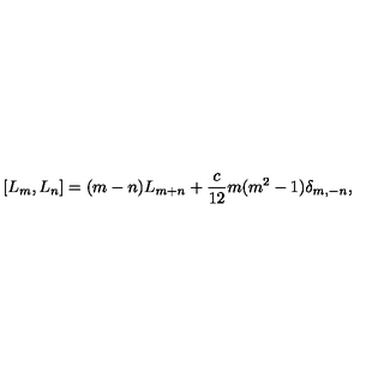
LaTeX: [ L _ { m } , L _ { n } ] = ( m - n ) L _ { m + n } + { \frac { c } { 1 2 } } m ( m ^ { 2 } - 1 ) \delta _ { m , - n } ,